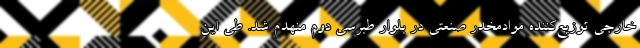
خارجی توزیع‌کننده موادمخدر صنعتی در بلوار طبرسی دوم منهدم شد. طی این